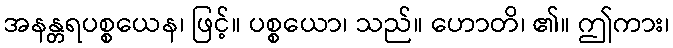
အနန္တရပစ္စယေန၊ ဖြင့်။ ပစ္စယော၊ သည်။ ဟောတိ၊ ၏။ ဤကား၊